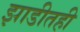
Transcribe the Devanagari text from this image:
झाडीतही